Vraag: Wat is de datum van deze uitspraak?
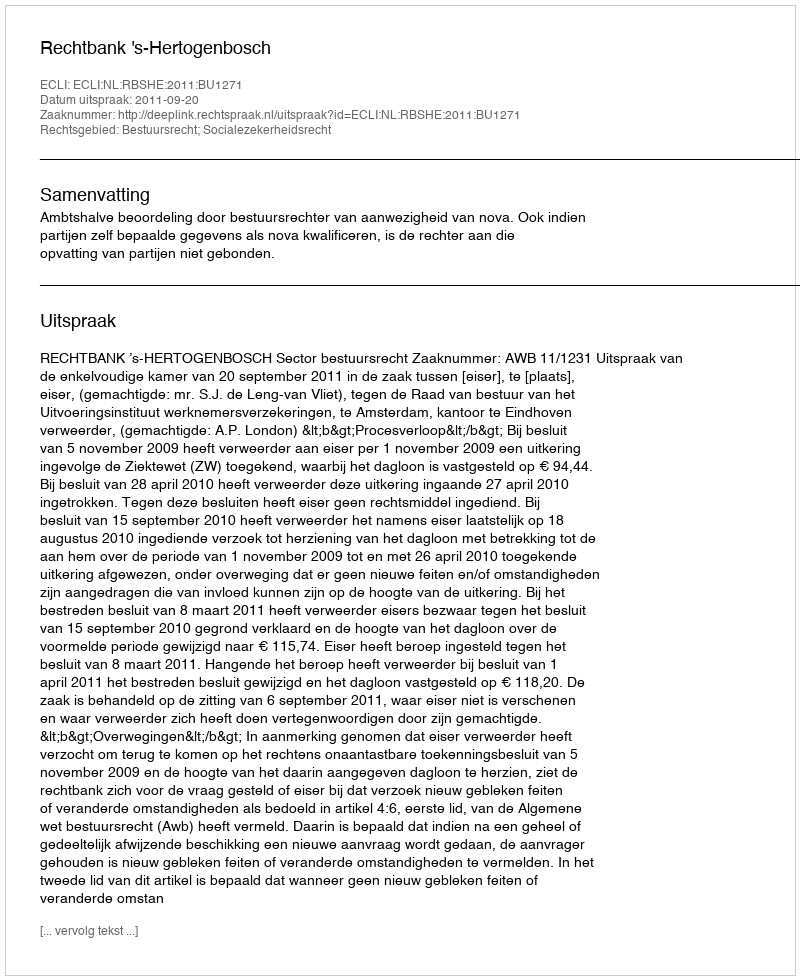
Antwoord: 2011-09-20